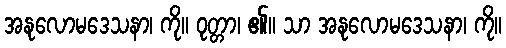
အနုလောမဒေသနာ၊ ကို။ ဝုတ္တာ၊ ၏။ သာ အနုလောမဒေသနာ၊ ကို။